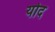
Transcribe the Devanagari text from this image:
योद